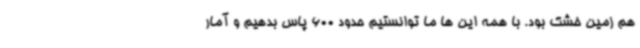
هم زمین خشک بود. با همه این ها ما توانستیم حدود 600 پاس بدهیم و آمار